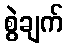
စွဲချက်